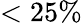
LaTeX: <25\%